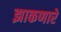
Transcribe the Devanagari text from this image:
झाकणारे